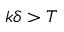
k \delta > T